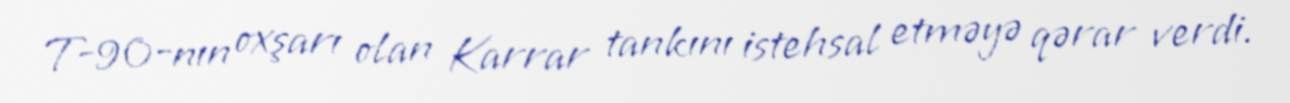
T-90-nın oxşarı olan Karrar tankını istehsal etməyə qərar verdi.